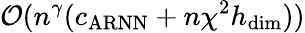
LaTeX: \mathcal{O}(n^{\gamma}(c_{\mathrm{ARNN}}+n\chi^{2}h_{\mathrm{dim}}))